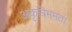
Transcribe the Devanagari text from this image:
अकृत्रिममता